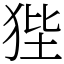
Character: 狴